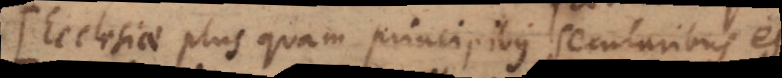
clesiae plus quam principibus secularibus est